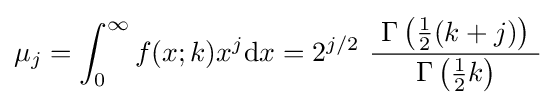
\mu _{j}=\int _{0}^{\infty }f(x;k)x^{j}\mathrm {d} x=2^{j/2}\ {\frac {\ \Gamma \left({\tfrac {1}{2}}(k+j)\right)\ }{\Gamma \left({\tfrac {1}{2}}k\right)}}